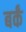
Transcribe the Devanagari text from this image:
बर्कं